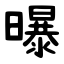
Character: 曝